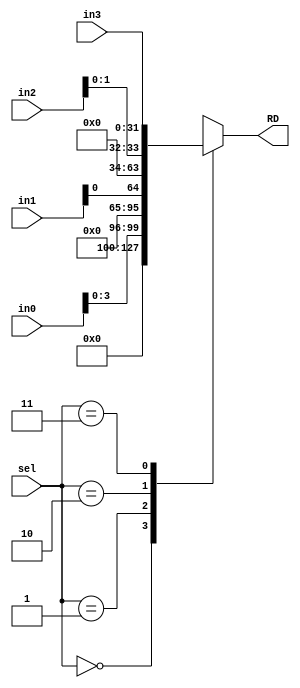
`timescale 1ns / 1ps

module four2one_mux_fact #(parameter w = 32)(
    input wire [1:0] sel,
    input wire [w-1:0] in0,in1,in2,in3,
    output reg [w-1:0] RD
    );
    always@(*) begin
    case(sel)
    2'b00: RD = {{28'b0},in0[3:0]}; // n[3:0]
    2'b01: RD = {{31'b0},in1[0]}; // go
    2'b10: RD = {{30'b0},in2[1:0]}; // ResDone, ResErr
    2'b11: RD = in3;//Result
    default: RD = {32'bx};
    endcase
    end
endmodule